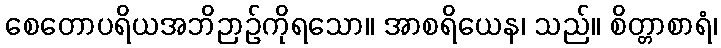
စေတောပရိယအဘိဉာဉ်ကိုရသော။ အာစရိယေန၊ သည်။ စိတ္တာစာရံ၊